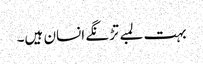
بہت لمبے تڑنگے انسان ہیں۔